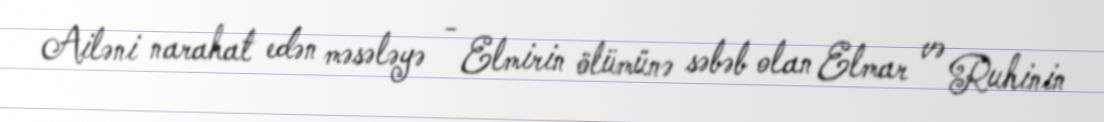
Ailəni narahat edən məsələyə - Elmirin ölümünə səbəb olan Elmar və Ruhinin